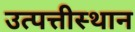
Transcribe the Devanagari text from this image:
उत्पत्तीस्थान